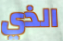
الذي